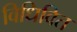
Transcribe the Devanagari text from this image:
विधिवित